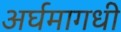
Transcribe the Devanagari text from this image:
अर्घमागधी